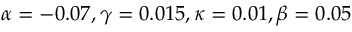
\alpha = - 0 . 0 7 , \gamma = 0 . 0 1 5 , \kappa = 0 . 0 1 , \beta = 0 . 0 5